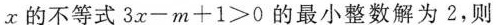
x的不等式$$3x-m+1＞0$$的最小整数解为2，则